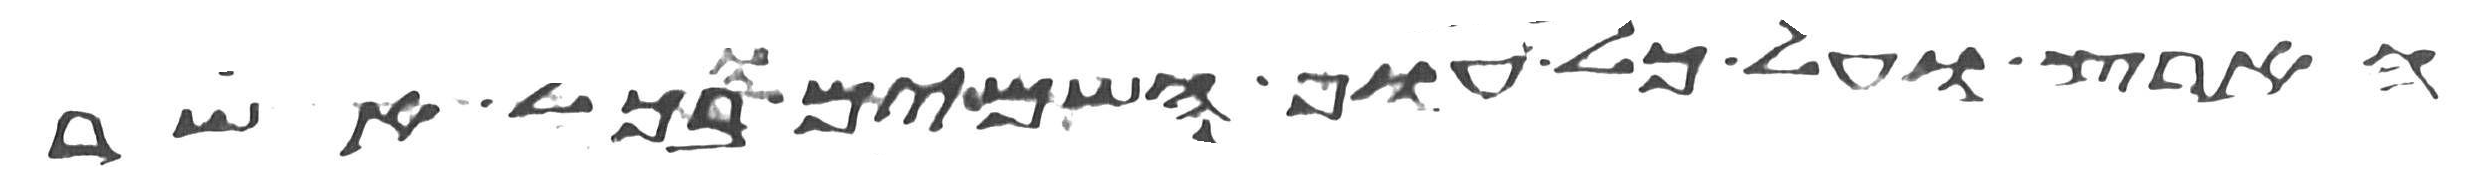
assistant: הארץ ועל כל עוף השמים ובכל אשר